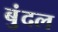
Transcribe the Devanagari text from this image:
बुंदल